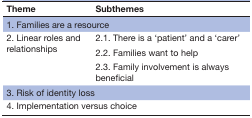
<table><thead><tr><td><b>Theme</b></td><td><b>Subthemes</b></td></tr></thead><tbody><tr><td colspan="2">1. Families are a resource</td></tr><tr><td rowspan="3">2. Linear roles and relationships</td><td>2.1. There is a ‘patient’ and a ‘carer’</td></tr><tr><td>2.2. Families want to help</td></tr><tr><td>2.3. Family involvement is always beneficial</td></tr><tr><td colspan="2">3. Risk of identity loss</td></tr><tr><td colspan="2">4. Implementation versus choice</td></tr></tbody></table>